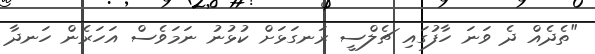
"ތެދެއް ދެ ވަނަ ހާފުގައި ޗެލްސީ ރަނގަޅަށް ކުޅުނު ނަމަވެސް އަހަރެން ހަނދާ